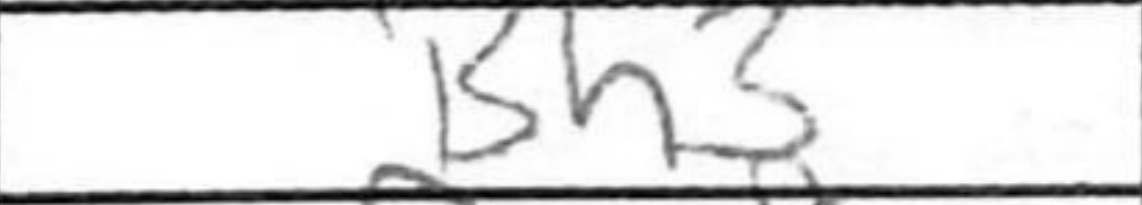
Transcription: Bh3